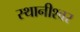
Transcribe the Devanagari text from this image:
स्थानीश्वर